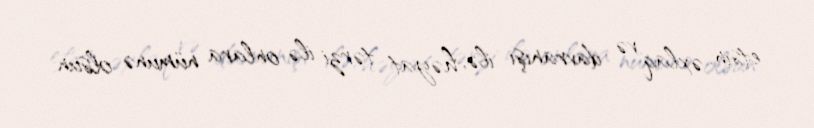
etsin, əxlaq və davranışı ilə, həyat tərzi ilə onlara nümunə olsun.